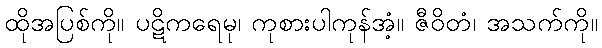
ထိုအပြစ်ကို။ ပဋိကရေမု၊ ကုစားပါကုန်အံ့။ ဇီဝိတံ၊ အသက်ကို။